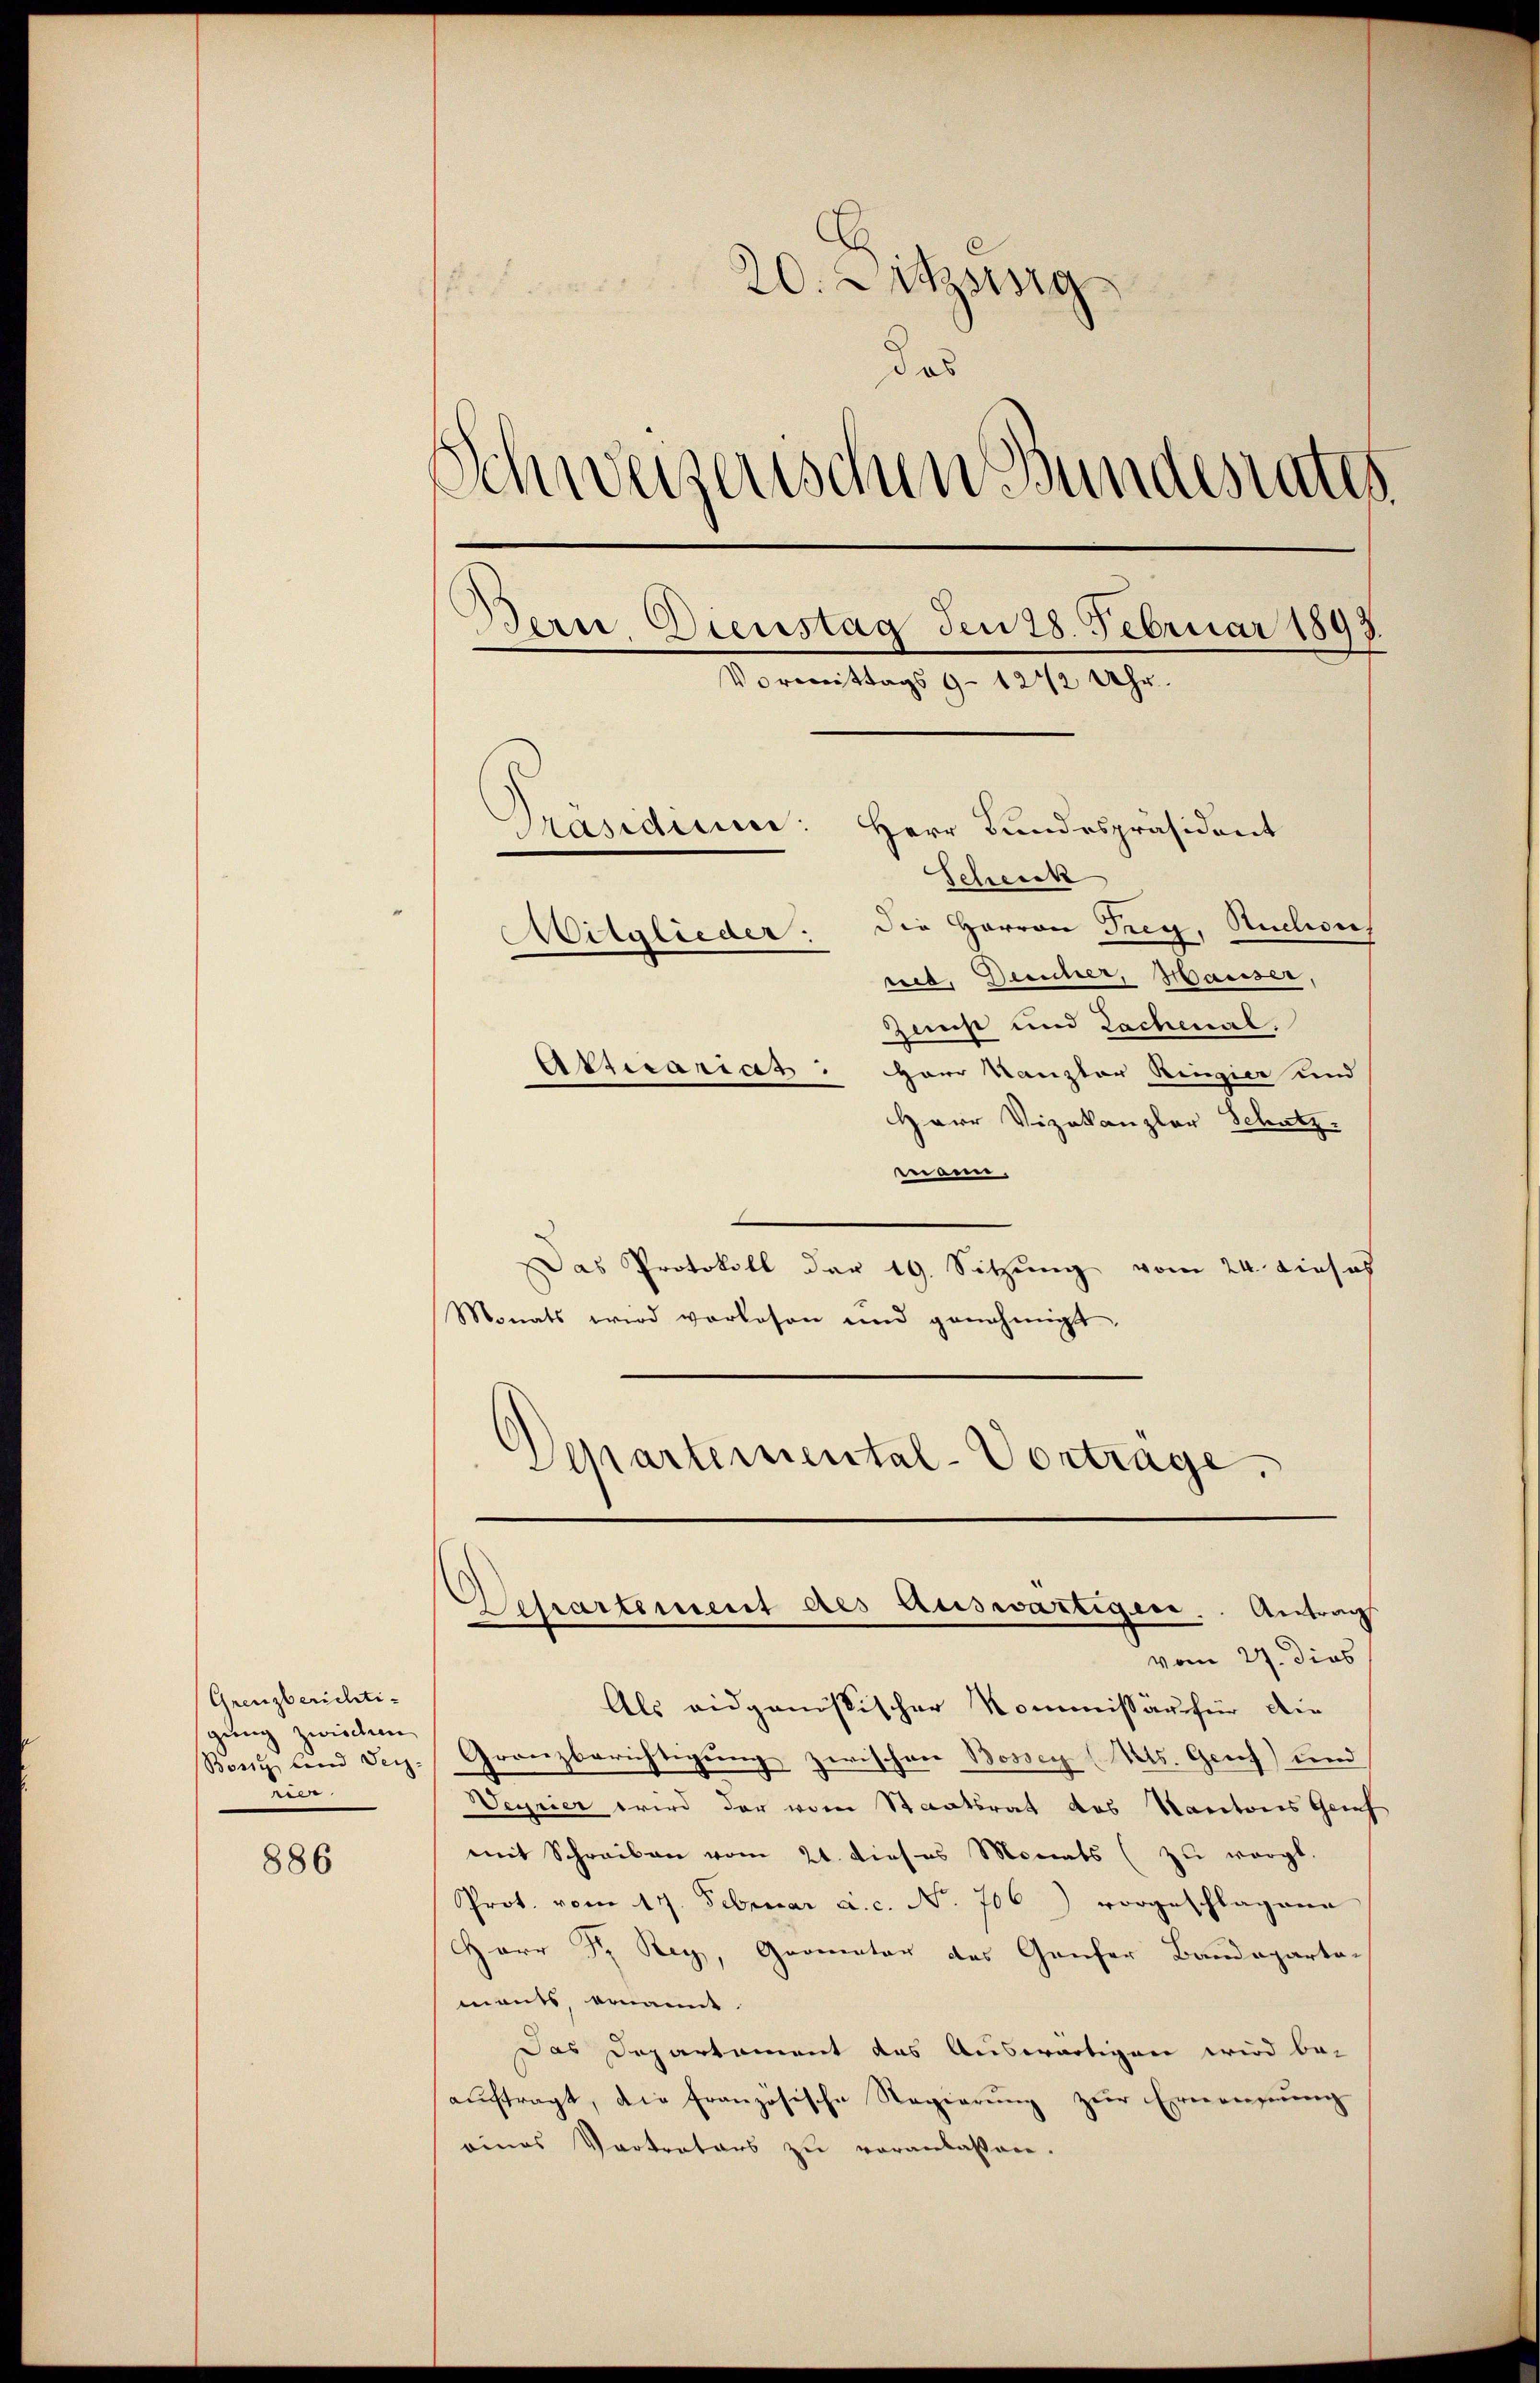
Grenzberichtigung zwischen
Bosz und der
rier.

886

20. Mitzig
.
das
schweizerischen Bundesrates
Dorn Dienstag den 28. Februar 1893.
Vormittags 9 - 1212 Uhr.
Herr Bundespräsident
Präsidium:
Scheick
Die Herren Treg, Ruchois
Witglieder:
reb, Dreicher, Hauser,
Zunst und Lachenal.
Attecarias: Herr Kanzler Ringier und

Herr Vizekanzler Schatz
mann.
Das Protokoll der 19. Sitzung vom 24. Einsich
Monats wird vorlesen und genehmigt,
Departemental-Vortrage.

Derartement des Auswärtigen. Antrag
vom 27. dies

Als eidganistischer Kommissär für die
Granzberichtigung zwischen Bossen (Mts. Grus) und
Veyrier wird der vom Staatsrat des Kantons Gernf
mit Schreiben vom 21. dieses Monats (zu vorgt.
Prot. vom 17. Februar a.c. No. 706) vorgeschlagene
Herr Dr. Rey, Geometer des Ganfer Bandeparta-
mants ernannt.
Das Departament das Auswärtigen wird be-
auftragt, die Französische Regierung zur Ernennung
eines Vertrators zu veranlassen.